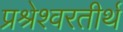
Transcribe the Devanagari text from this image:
प्रश्रेश्वरतीर्थ